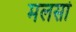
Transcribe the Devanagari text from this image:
मलसां